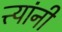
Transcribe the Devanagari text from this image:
त्त्यांनी